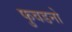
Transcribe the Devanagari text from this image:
फुवडनो